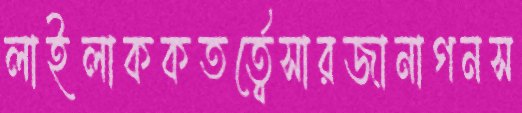
লাইলাককতর্ত্বেসারজানাগনস